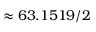
\approx 6 3 . 1 5 1 9 / 2